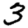
Digit: 3